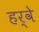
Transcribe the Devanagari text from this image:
हर्वे